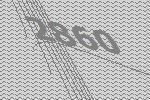
2860